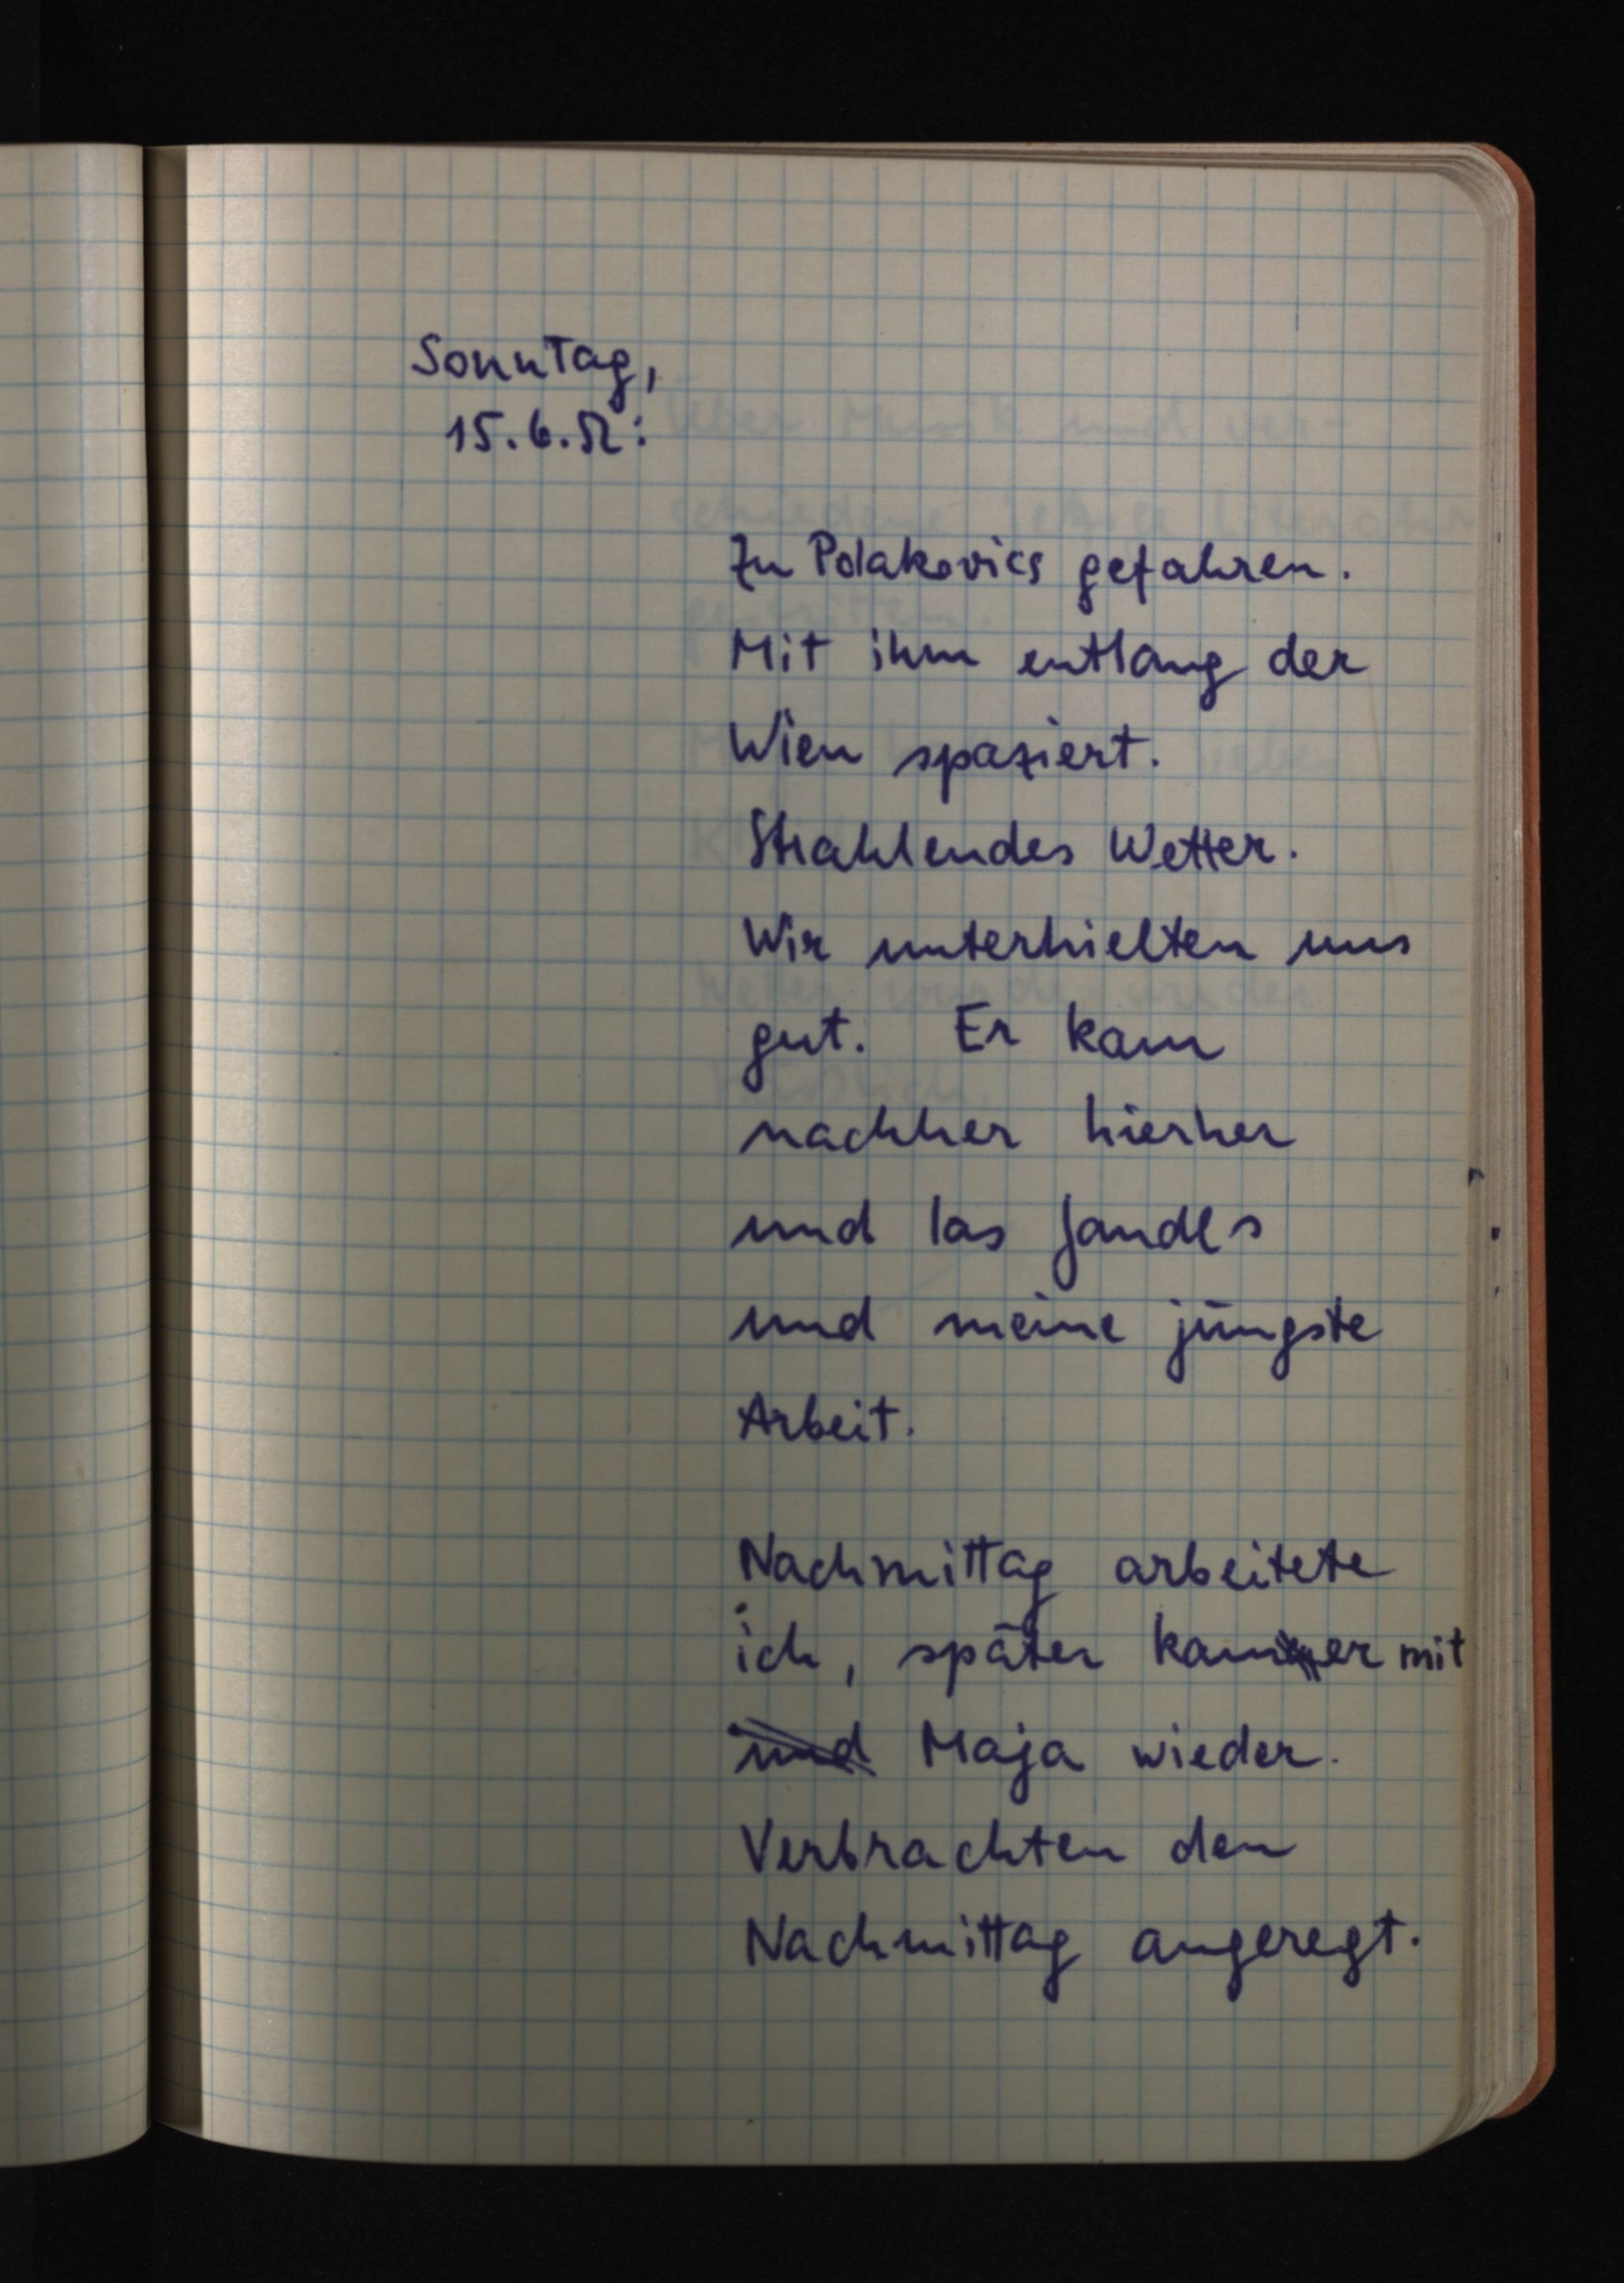
Sonntag,
15.6.52:
Zu Polakovics gefahren.
Mit ihm entlang der
Wien spaziert.
Strahlendes Wetter.
Wir unterhielten uns
gut. Er kam
nachher hierher
und las Jandls
und meine jüngste
Arbeit.
Nachmittag arbeitete
ich, später kamen er mit
und Maja wieder.
Verbrachten den
Nachmittag angeregt.